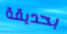
بحديقة